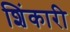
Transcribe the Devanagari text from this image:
शिंकारी